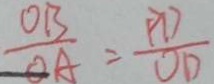
\frac { O B } { O A } = \frac { P D } { O D }